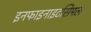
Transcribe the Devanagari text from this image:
इनफाइनाइटसिमल